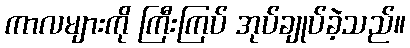
ကာလများကို ကြီးကြပ် အုပ်ချုပ်ခဲ့သည်။